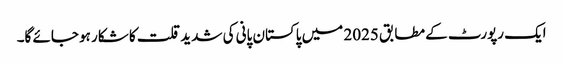
ایک رپورٹ کے مطابق 2025 میں پاکستان پانی کی شدید قلت کا شکار ہو جائے گا۔